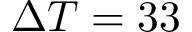
\Delta T = 3 3